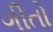
ગીતો